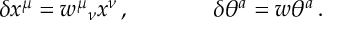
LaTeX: \begin{array} { c c } { { \delta x ^ { \mu } = w ^ { \mu } { } _ { \nu } x ^ { \nu } \, , ~ ~ ~ ~ } } & { { ~ ~ ~ ~ \delta \theta ^ { a } = w \theta ^ { a } \, . } } \end{array}